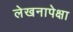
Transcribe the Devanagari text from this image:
लेखनापेक्षा